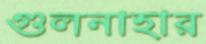
গুলনাহার